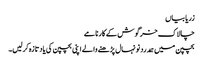
زریابیاں
چالاک خرگوش کے کارنامے
بچپن میں ہمدرد نونہال پڑھنے والے اپنی بچپن کی یاد تازہ کرلیں۔